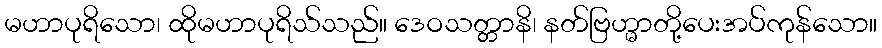
မဟာပုရိသော၊ ထိုမဟာပုရိသ်သည်။ ဒေဝသတ္တာနိ၊ နတ်ဗြဟ္မာတို့ပေးအပ်ကုန်သော။